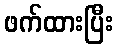
ဖက်ထားပြီး